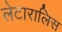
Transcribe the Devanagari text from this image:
लेटारालिस